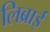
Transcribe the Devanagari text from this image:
लिब्राई